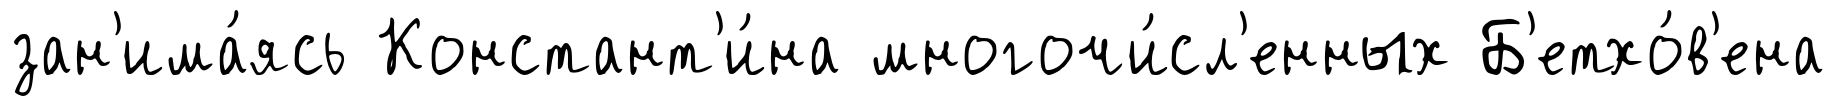
зан'има́ясь Констант'и́на многочи́сл'енных Б'етхо́в'ена